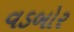
વડબોર